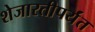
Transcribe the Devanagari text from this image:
शेजारतीपर्यंत